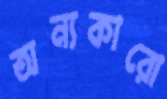
অন্যকারো